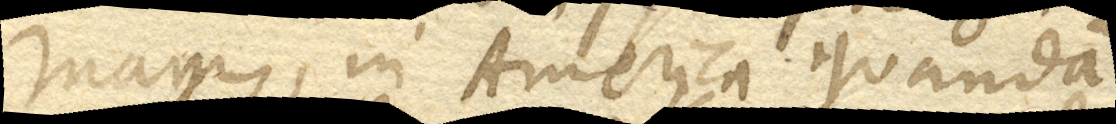
Maynz, in America quandam